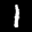
Label: 1